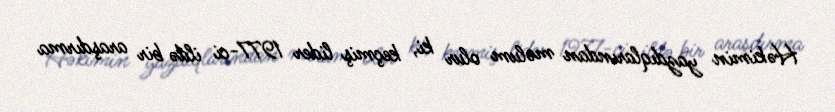
Həkimin yazdıqlarından məlum olur ki, keçmiş lider 1977-ci ildə bir araşdırma